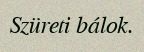
Szüreti bálok.